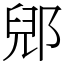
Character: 郳